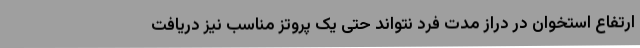
ارتفاع استخوان در دراز مدت فرد نتواند حتی یک پروتز مناسب نیز دریافت